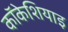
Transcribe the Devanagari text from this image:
कॉकेशियाइ